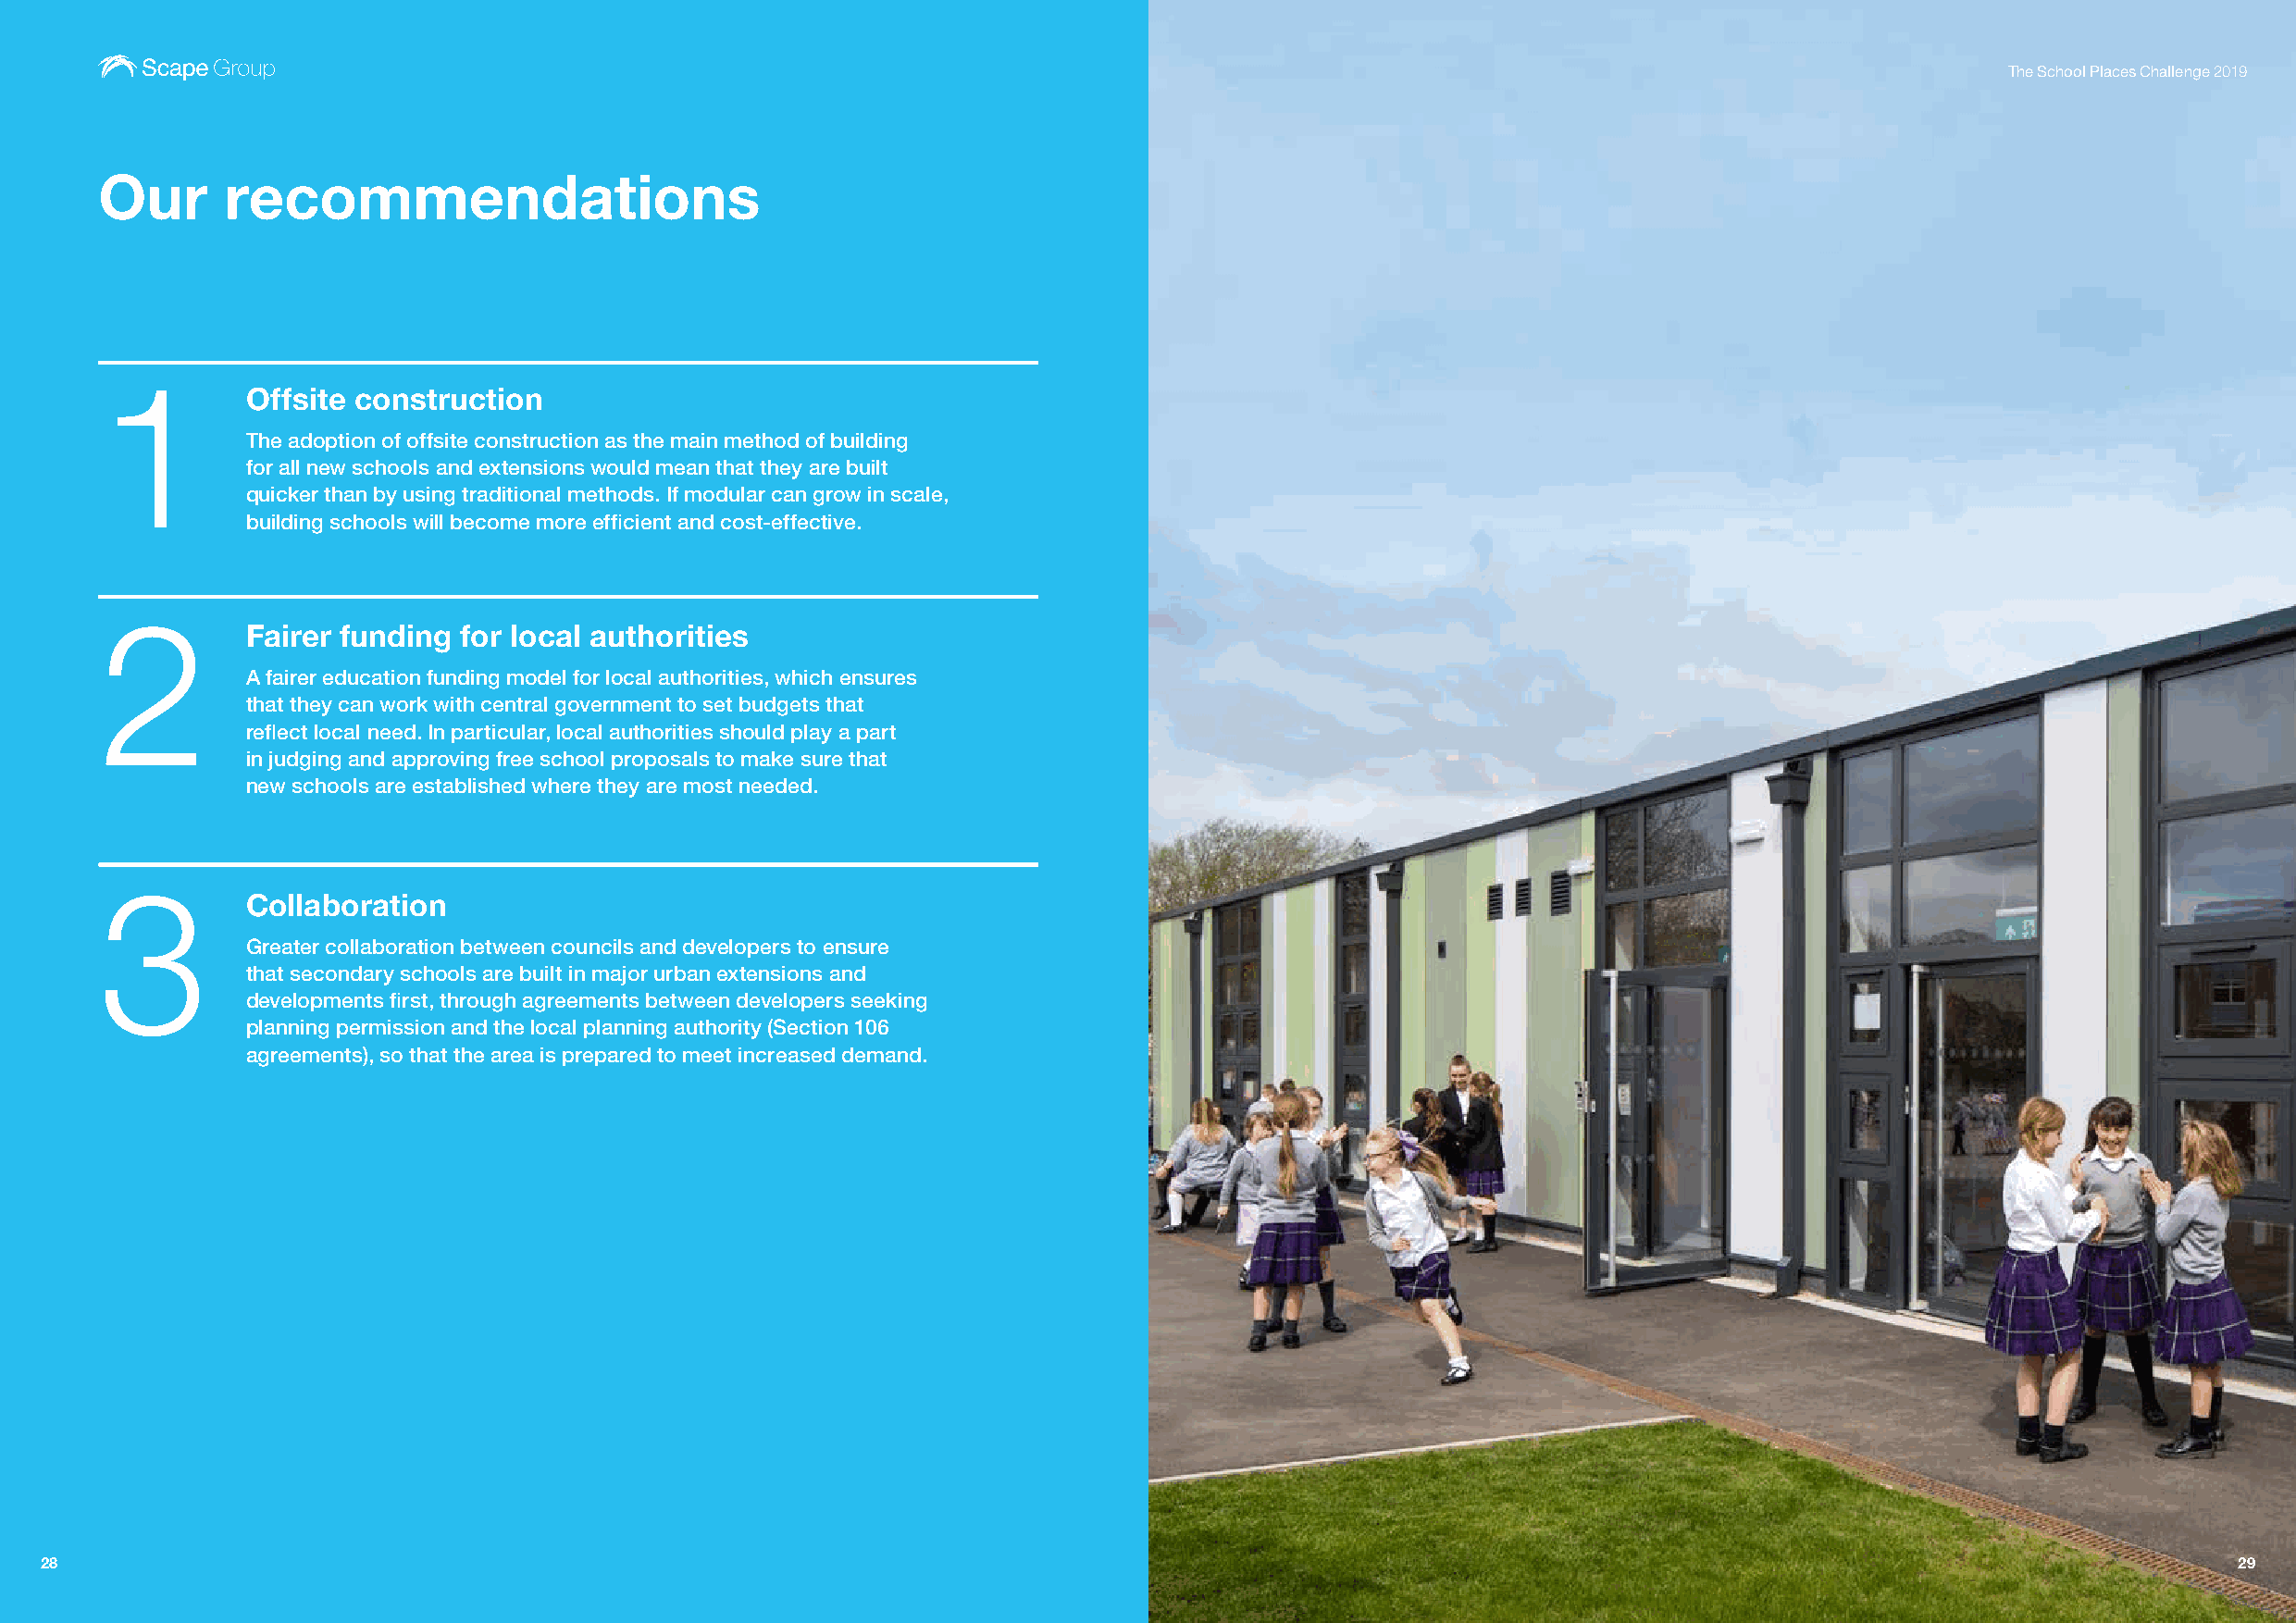
The School Places Challenge 2019
 Our      recommendations
 1
 Offsite construction
 The adoption of offsite construction as the main method of building
 for all new schools and extensions would mean that they are built
 quicker than by using traditional methods. If modular can grow in scale,
 building schools will become more efficient and cost-effective.
 2
 Fairer funding for local authorities
 A fairer education funding model for local authorities, which ensures
 that they can work with central government to set budgets that
 reflect local need. In particular, local authorities should play a part
 in judging and approving free school proposals to make sure that
 new schools are established where they are most needed.
 3
 Collaboration
 Greater collaboration between councils and developers to ensure
 that secondary schools are built in major urban extensions and
 developments first, through agreements between developers seeking
 planning permission and the local planning authority (Section 106
 agreements), so that the area is prepared to meet increased demand.
 28                                                                                                                                                           29